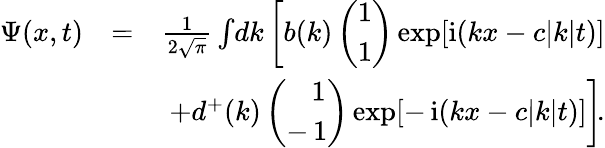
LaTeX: \begin{array}{rlr}{\Psi({x},t)}&{=}&{\frac{1}{2\sqrt{\pi}}\int\! dk\left[b({k})\left(\begin{array}{c}{1}\\ {1}\end{array}\right)\exp[\mathrm{i}(kx-c|k|t)]\right.}\\ &{}&{+\! \left.d^{+}({k})\left(\begin{array}{cc}{\, \, \, \, \, 1}\\ {-\, 1}\end{array}\right)\exp[-\, \mathrm{i}(kx-c|k|t)]\right]\! .}\end{array}